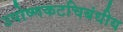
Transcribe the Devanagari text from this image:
उपोष्णकटचिबंधीय